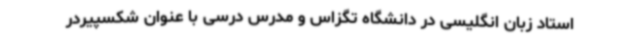
استاد زبان انگلیسی در دانشگاه تگزاس و مدرس درسی با عنوان شکسپیردر